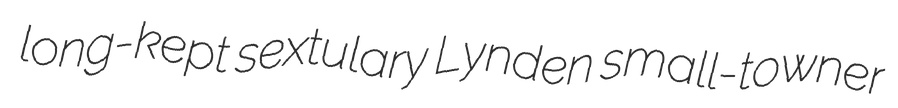
long-kept sextulary Lynden small-towner